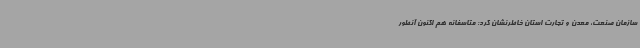
سازمان صنعت، معدن و تجارت استان خاطرنشان کرد: متاسفانه هم اکنون آنطور